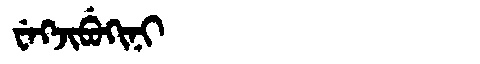
Manchu: ᠸᡝᡴᠵᡳᠪᡠᡴᡳᠨᡳ
Romanization: WEKJIBUKINI